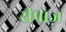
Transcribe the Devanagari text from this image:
रीपोज़